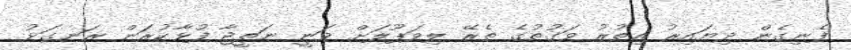
ފެނިގެން ދިޔައިރު އިތުރު ވަގުތުގެ ތެރޭ ލިވަޕޫލަށް ވަނީ ނަތީޖާ ފުޅާކުރަން ރަނގަޅު